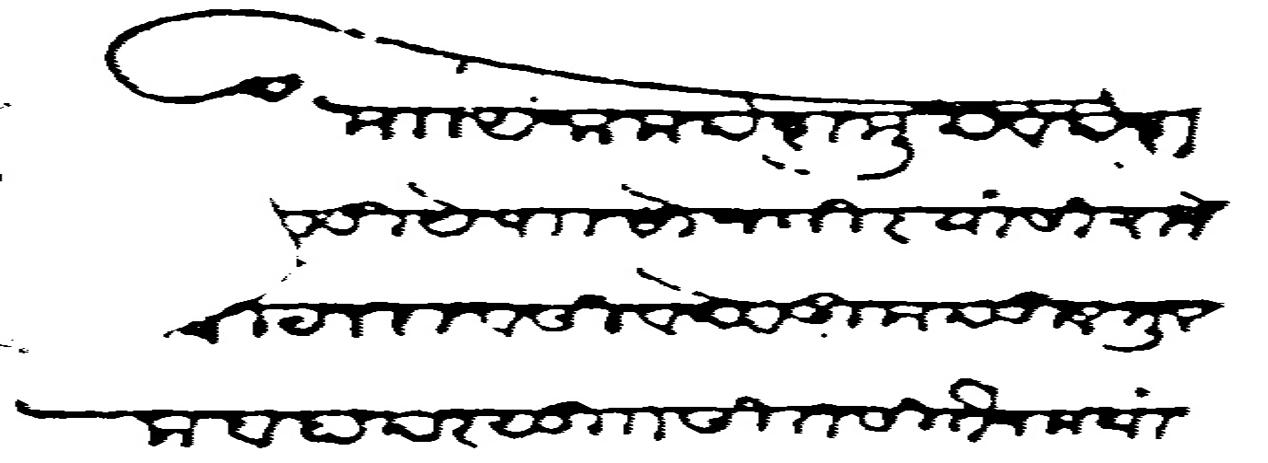
Transliteration (Devanagari): माा अनाम देशमुख व देशपांडीये पाा सोनागिर यांसी राजे विठलराव सिवदेव उम्द तुलमुलक बहादर सु सीत सीतैन मया